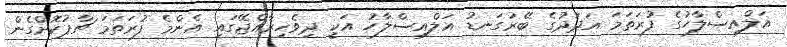
އަލްއިސްލާހުގެ ފުރަތަމަ އަދަދުގެ ބޭރުގަނޑު އަލްއިސްލާހު އަކީ ދިވެހިރާއްޖޭގައި އެންމެ ފުރަތަމަ ޗާޕުކޮށްގެން